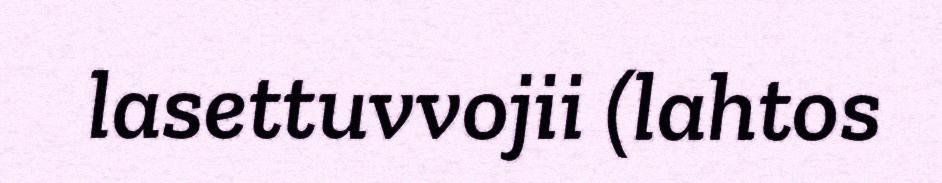
lasettuvvojii (lahtos